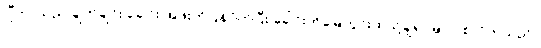
ဂျီတာသည် ချက်ချင်း ခေါင်း အဖုံးကိုပြန်ပိတ်ပြီး ခေါင်းကိုမြေတွင်းထဲသို့ချ၍ မြှုပ်ပစ်လိုက်သည်။